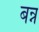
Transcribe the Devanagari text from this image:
बन्न